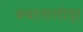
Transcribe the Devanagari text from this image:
क्वालालांपूर